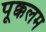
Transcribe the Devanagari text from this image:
पूक्कलम